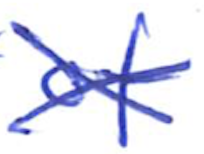
Text: of
Cross-out: cross
Writing tool: ballpoint